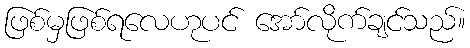
ဖြစ်မှဖြစ်ရလေဟုပင် အော်လိုက်ချင်သည်။